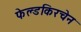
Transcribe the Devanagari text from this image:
फेल्डकिरचेन